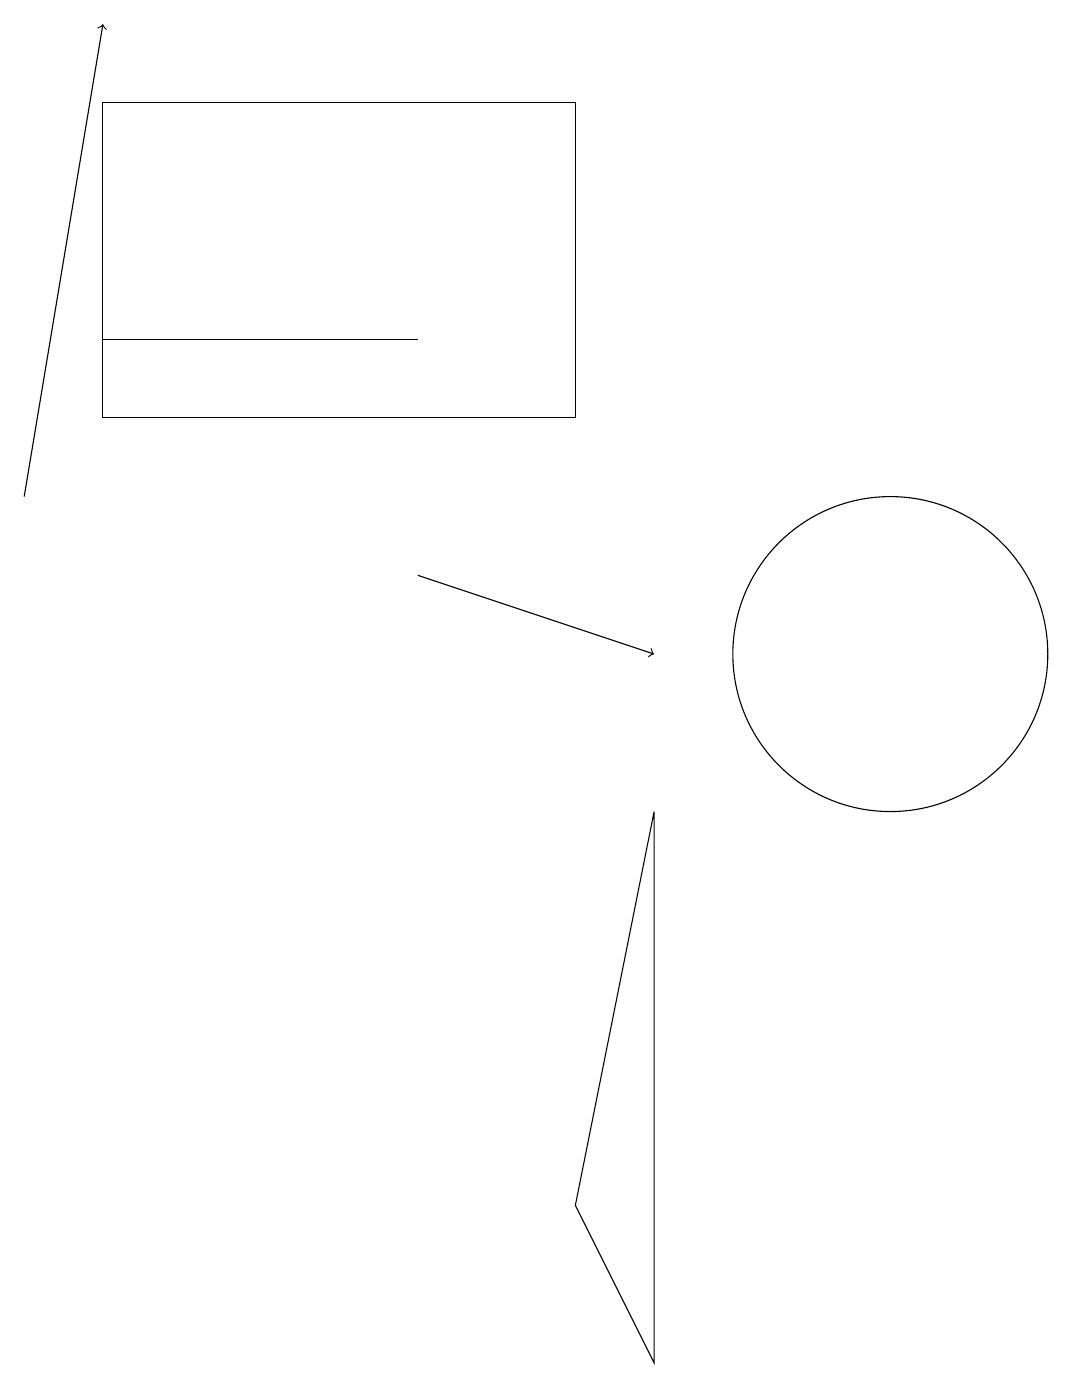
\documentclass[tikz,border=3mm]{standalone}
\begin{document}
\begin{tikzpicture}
\draw (1,14) rectangle (5,14);
\draw (8,8) -- (7,3) -- (8,1) -- cycle;
\draw[->] (0,12) -- (1,18);
\draw (11,10) circle (2);
\draw (1,13) rectangle (7,17);
\draw[->] (5,11) -- (8,10);
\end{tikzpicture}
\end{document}